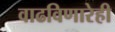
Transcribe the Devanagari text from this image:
वाढविणारेही